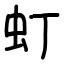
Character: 虰